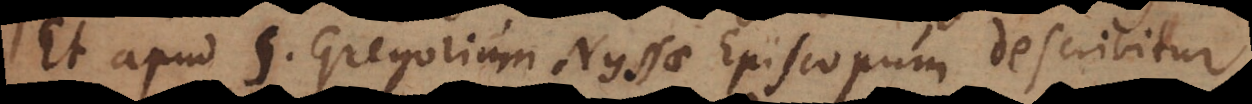
Et apud S. Gregorium Nyssae Episcopum describitur